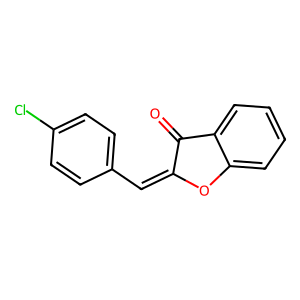
SMILES: O=C1C(=Cc2ccc(Cl)cc2)Oc2ccccc21
Inhibits HIV replication: No